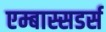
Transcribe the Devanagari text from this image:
एम्बास्सडर्स